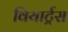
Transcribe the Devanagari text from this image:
वियार्ट्रस